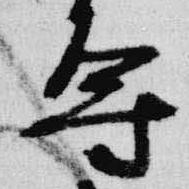
導